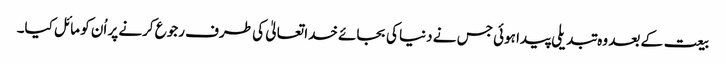
بیعت کے بعد وہ تبدیلی پیدا ہوئی جس نے دنیا کی بجائے خدا تعالیٰ کی طرف رجوع کرنے پر اُن کو مائل کیا۔